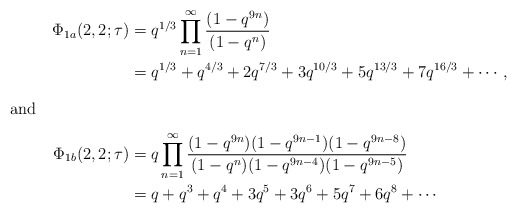
\begin{align*}\Phi_{1a}(2,2;\tau)&=q^{1/3}\prod_{n=1}^{\infty}\frac{(1-q^{9n})}{(1-q^n)}\\&=q^{1/3}+q^{4/3}+2q^{7/3}+3q^{10/3}+5q^{13/3}+7q^{16/3}+\cdots,\intertext{and}\Phi_{1b}(2,2;\tau)&=q\prod_{n=1}^\infty\frac{(1-q^{9n})(1-q^{9n-1})(1-q^{9n-8})}{(1-q^{n})(1-q^{9n-4})(1-q^{9n-5})}\\&=q+q^3+q^4+3q^5+3q^6+5q^7+6q^8+\cdots\end{align*}